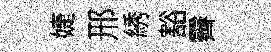
婕邢綉豁霽